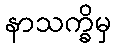
နာသက္ခိမှ